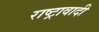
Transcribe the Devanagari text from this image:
राष्ट्रावादी